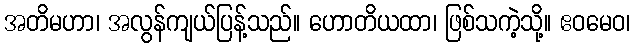
အတိမဟာ၊ အလွန်ကျယ်ပြန့်သည်။ ဟောတိယထာ၊ ဖြစ်သကဲ့သို့။ ဧဝမေဝ၊